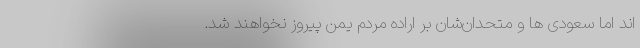
اند اما سعودی ها و متحدان‌شان بر اراده مردم یمن پیروز نخواهند شد.